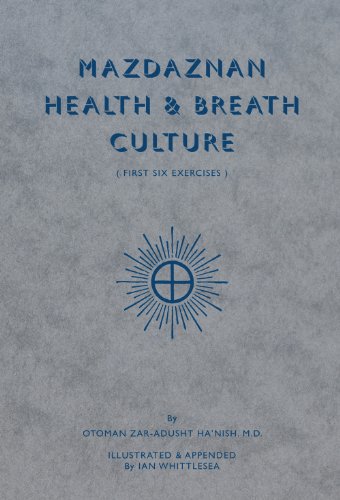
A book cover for Mazdaznan Health & Breath Culture: The First Six Exercises; Otoman Ha'nish; Religion & Spirituality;